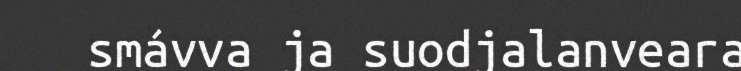
smávva ja suodjalanveara